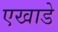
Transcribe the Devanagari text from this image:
एखाडे